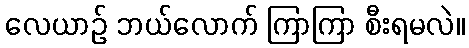
လေယာဉ် ဘယ်လောက် ကြာကြာ စီးရမလဲ။